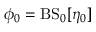
\phi _ { 0 } = \mathrm { B S } _ { 0 } [ \eta _ { 0 } ]